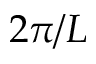
2 \pi / L